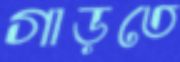
গাড়তে